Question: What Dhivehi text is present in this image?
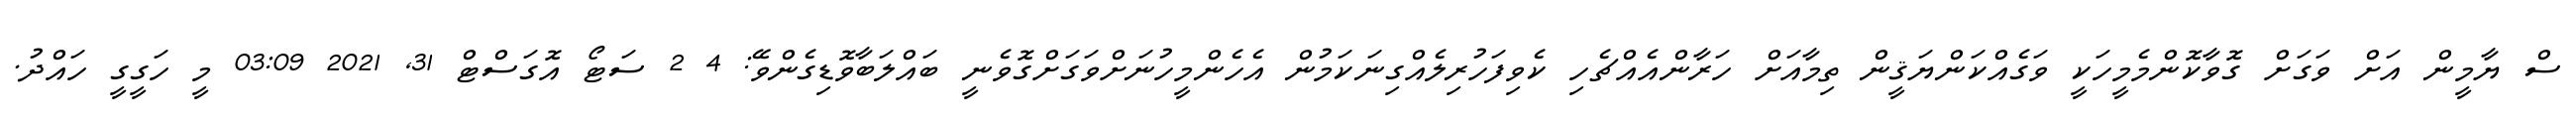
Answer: ސް ޔާމީން އަށް ވަގަށް ގޮވާކޮންމެމީހަކީ ވަގެއްކަންޔަޤީން ތިމާއަށް ހަރާންއެއްޗެހި ކެވިފަހުރިލެއްގިނަކަމުން އެހެންމީހުނަށްވަގަށްގޮވެނީ ބައްލަބާވޮޑިގެންވޭ: 4 2 ސަޓޯ އޮގަސްޓް 31, 2021 03:09 މީ ހަގީގީ ހައްދު.